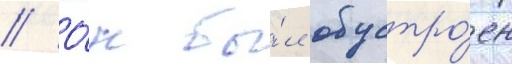
// О́н бы́л обустро́ен